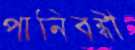
পানিবন্ধী